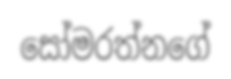
සෝමරත්නගේ